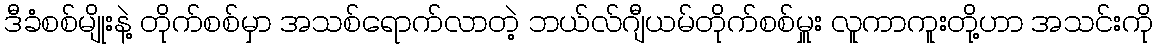
ဒီခံစစ်မျိုးနဲ့ တိုက်စစ်မှာ အသစ်ရောက်လာတဲ့ ဘယ်လ်ဂျီယမ်တိုက်စစ်မှူး လူကာကူးတို့ဟာ အသင်းကို